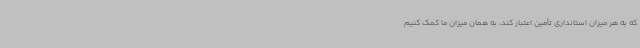
که به هر میزان استانداری تأمین اعتبار کند، به همان میزان ما کمک کنیم